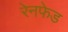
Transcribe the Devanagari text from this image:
रेनफेड